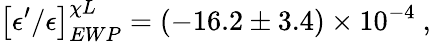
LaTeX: \left[\epsilon^{\prime}/\epsilon\right]_{EWP}^{\chi L}=\left(-16.2\pm 3.4\right)\times 10^{-4}\ ,